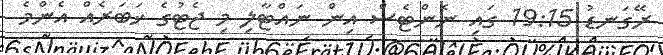
ރޭގަނޑު 19:15 ގައި ނެންޓެސް އިން ނައްޓާލި މި ޖެޓުގެ ޚަބަރެއް އެންމެ